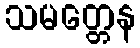
သမတ္တေန